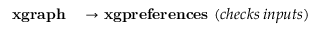
\begin{array} { r l } { \mathbf { x g r a p h } } & { { } \rightarrow \mathbf { x g p r e f e r e n c e s } \, \, ( c h e c k s \, i n p u t s ) } \end{array}